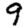
Digit: 9